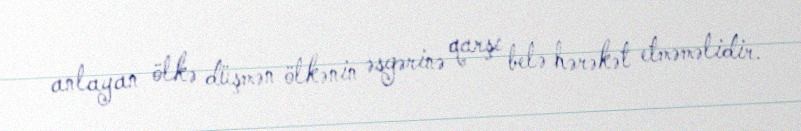
anlayan ölkə düşmən ölkənin əsgərinə qarşı belə hərəkət etməməlidir.